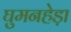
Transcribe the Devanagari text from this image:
घुमनहेड़ा